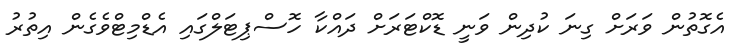
އެގޮތުން ވަރަށް ގިނަ ކުދިން ވަނީ ޑޮކްޓަރަށް ދައްކާ ހޮސްޕިޓަލްގައި އެޑްމިޓްވެގެން އިތުރު